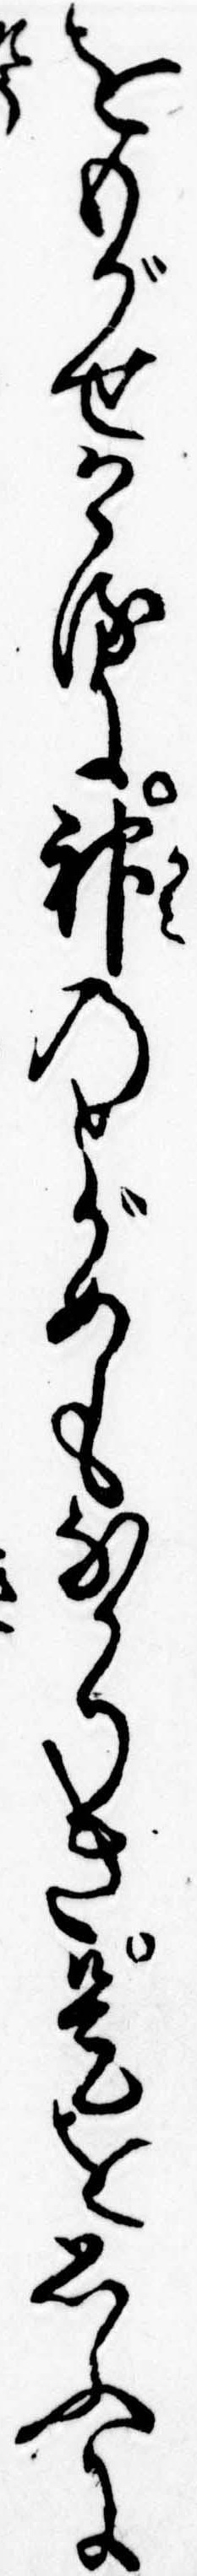
をもがせけるに神のとがめもなかりき是を思ふに